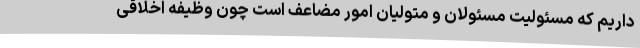
داریم که مسئولیت مسئولان و متولیان امور مضاعف است چون وظیفه اخلاقی